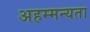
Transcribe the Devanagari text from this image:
अहम्मन्यता